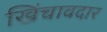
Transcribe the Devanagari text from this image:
खिंचावदार